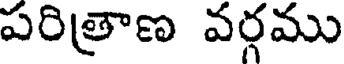
పరిత్రాణ వర్గము